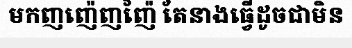
មកញញ៉េញញ៉ៃ តែនាងធ្វើដូចជាមិន